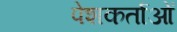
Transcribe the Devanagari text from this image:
पेशकर्ताओं